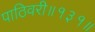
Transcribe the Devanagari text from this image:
पाठिवरी॥१३१॥